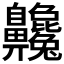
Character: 𪗂